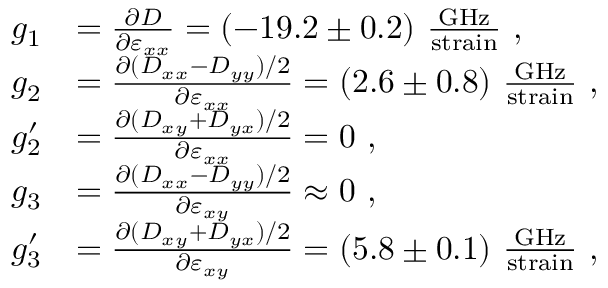
\begin{array} { r l } { g _ { 1 } } & { = \frac { \partial D } { \partial \varepsilon _ { x x } } = ( - 1 9 . 2 \pm 0 . 2 ) ~ \frac { \mathrm { G H z } } { \mathrm { s t r a i n } } \ \mathrm { , } } \\ { g _ { 2 } } & { = \frac { \partial ( D _ { x x } - D _ { y y } ) / 2 } { \partial \varepsilon _ { x x } } = ( 2 . 6 \pm 0 . 8 ) ~ \frac { \mathrm { G H z } } { \mathrm { s t r a i n } } \ \mathrm { , } } \\ { g _ { 2 } ^ { \prime } } & { = \frac { \partial ( D _ { x y } + D _ { y x } ) / 2 } { \partial \varepsilon _ { x x } } = 0 \ \mathrm { , } } \\ { g _ { 3 } } & { = \frac { \partial ( D _ { x x } - D _ { y y } ) / 2 } { \partial \varepsilon _ { x y } } \approx 0 \ \mathrm { , } } \\ { g _ { 3 } ^ { \prime } } & { = \frac { \partial ( D _ { x y } + D _ { y x } ) / 2 } { \partial \varepsilon _ { x y } } = ( 5 . 8 \pm 0 . 1 ) ~ \frac { \mathrm { G H z } } { \mathrm { s t r a i n } } \ \mathrm { , } } \end{array}